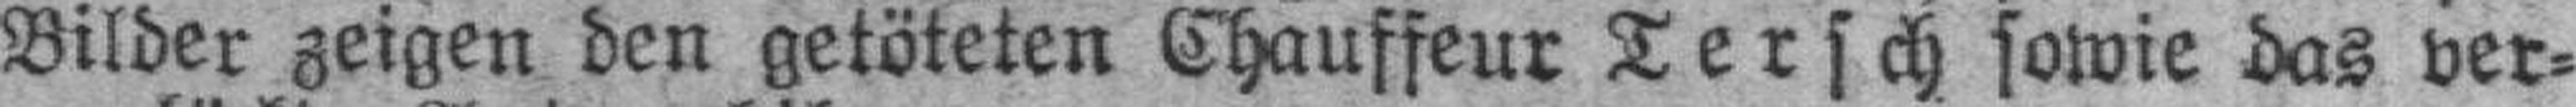
Bilder zeigen den getöteten Chauffeur Tersch sowie das ver¬